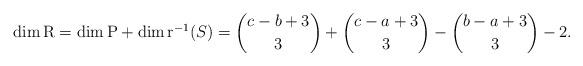
LaTeX: \begin{align*}\dim\mathrm{R}=\dim\mathrm{P}+\dim \mathrm{r}^{-1}(S)=\binom{c-b+3}{3}+\binom{c-a+3}{3}-\binom{b-a+3}{3}-2.\end{align*}